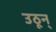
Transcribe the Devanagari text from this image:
उठून्